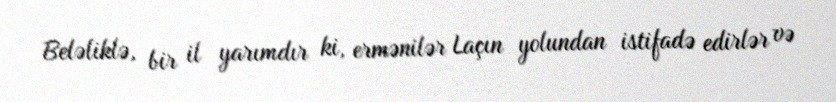
Beləliklə, bir il yarımdır ki, ermənilər Laçın yolundan istifadə edirlər və